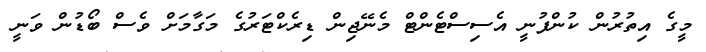
މީގެ އިތުރުން ކުންފުނީ އެސިސްޓެންޓް މެނޭޖިން ޑިރެކްޓަރުގެ މަގާމަށް ވެސް ބޯޑުން ވަނީ